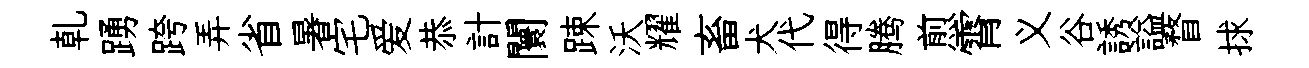
乹踴跨弄省暑宅爱恭計闤踈沃耀畜犬代得腾煎霄义谷誘謚瞀捄